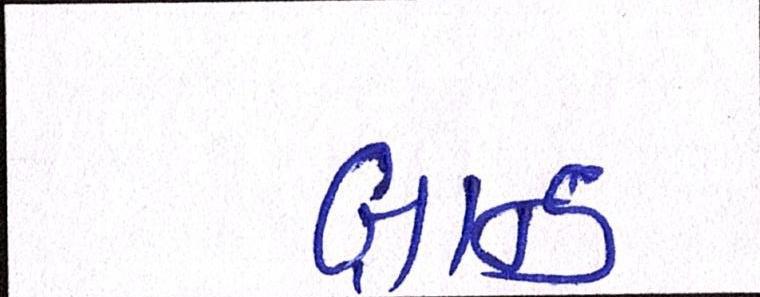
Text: બ્રાન્ડ